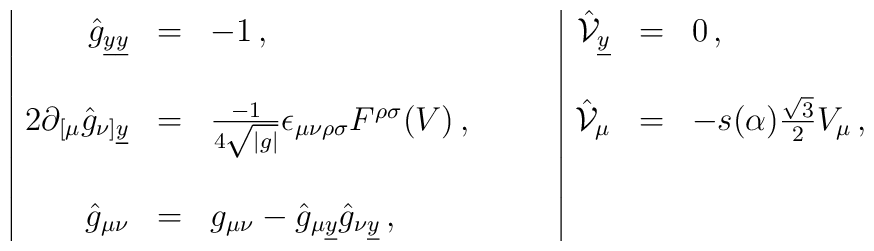
\begin{array}{|rcl|rcl}\hat{g}_{\underline{y}\underline{y}} & = & -1\, , &\hat{\mathcal{V}}_{\underline{y}} & = & 0\, ,\\& & & & & \\2\partial_{[\mu}\hat{g}_{\nu]\underline{y}} & = & \frac{-1}{4\sqrt{|g|}}\epsilon_{\mu\nu\rho\sigma}F^{\rho\sigma}(V)\, , \hspace{1cm}&\hat{\mathcal{V}}_{\mu} & = & -s(\alpha)\frac{\sqrt{3}}{2} V_{\mu}\, ,\\& & & & & \\\hat{g}_{\mu\nu} & = & g_{\mu\nu}-\hat{g}_{\mu\underline{y}}\hat{g}_{\nu\underline{y}}\, ,& & & \\  \end{array}